65_HS1-834228961_62-HQ-83894_Section_9
Agency: FBI
Page 277
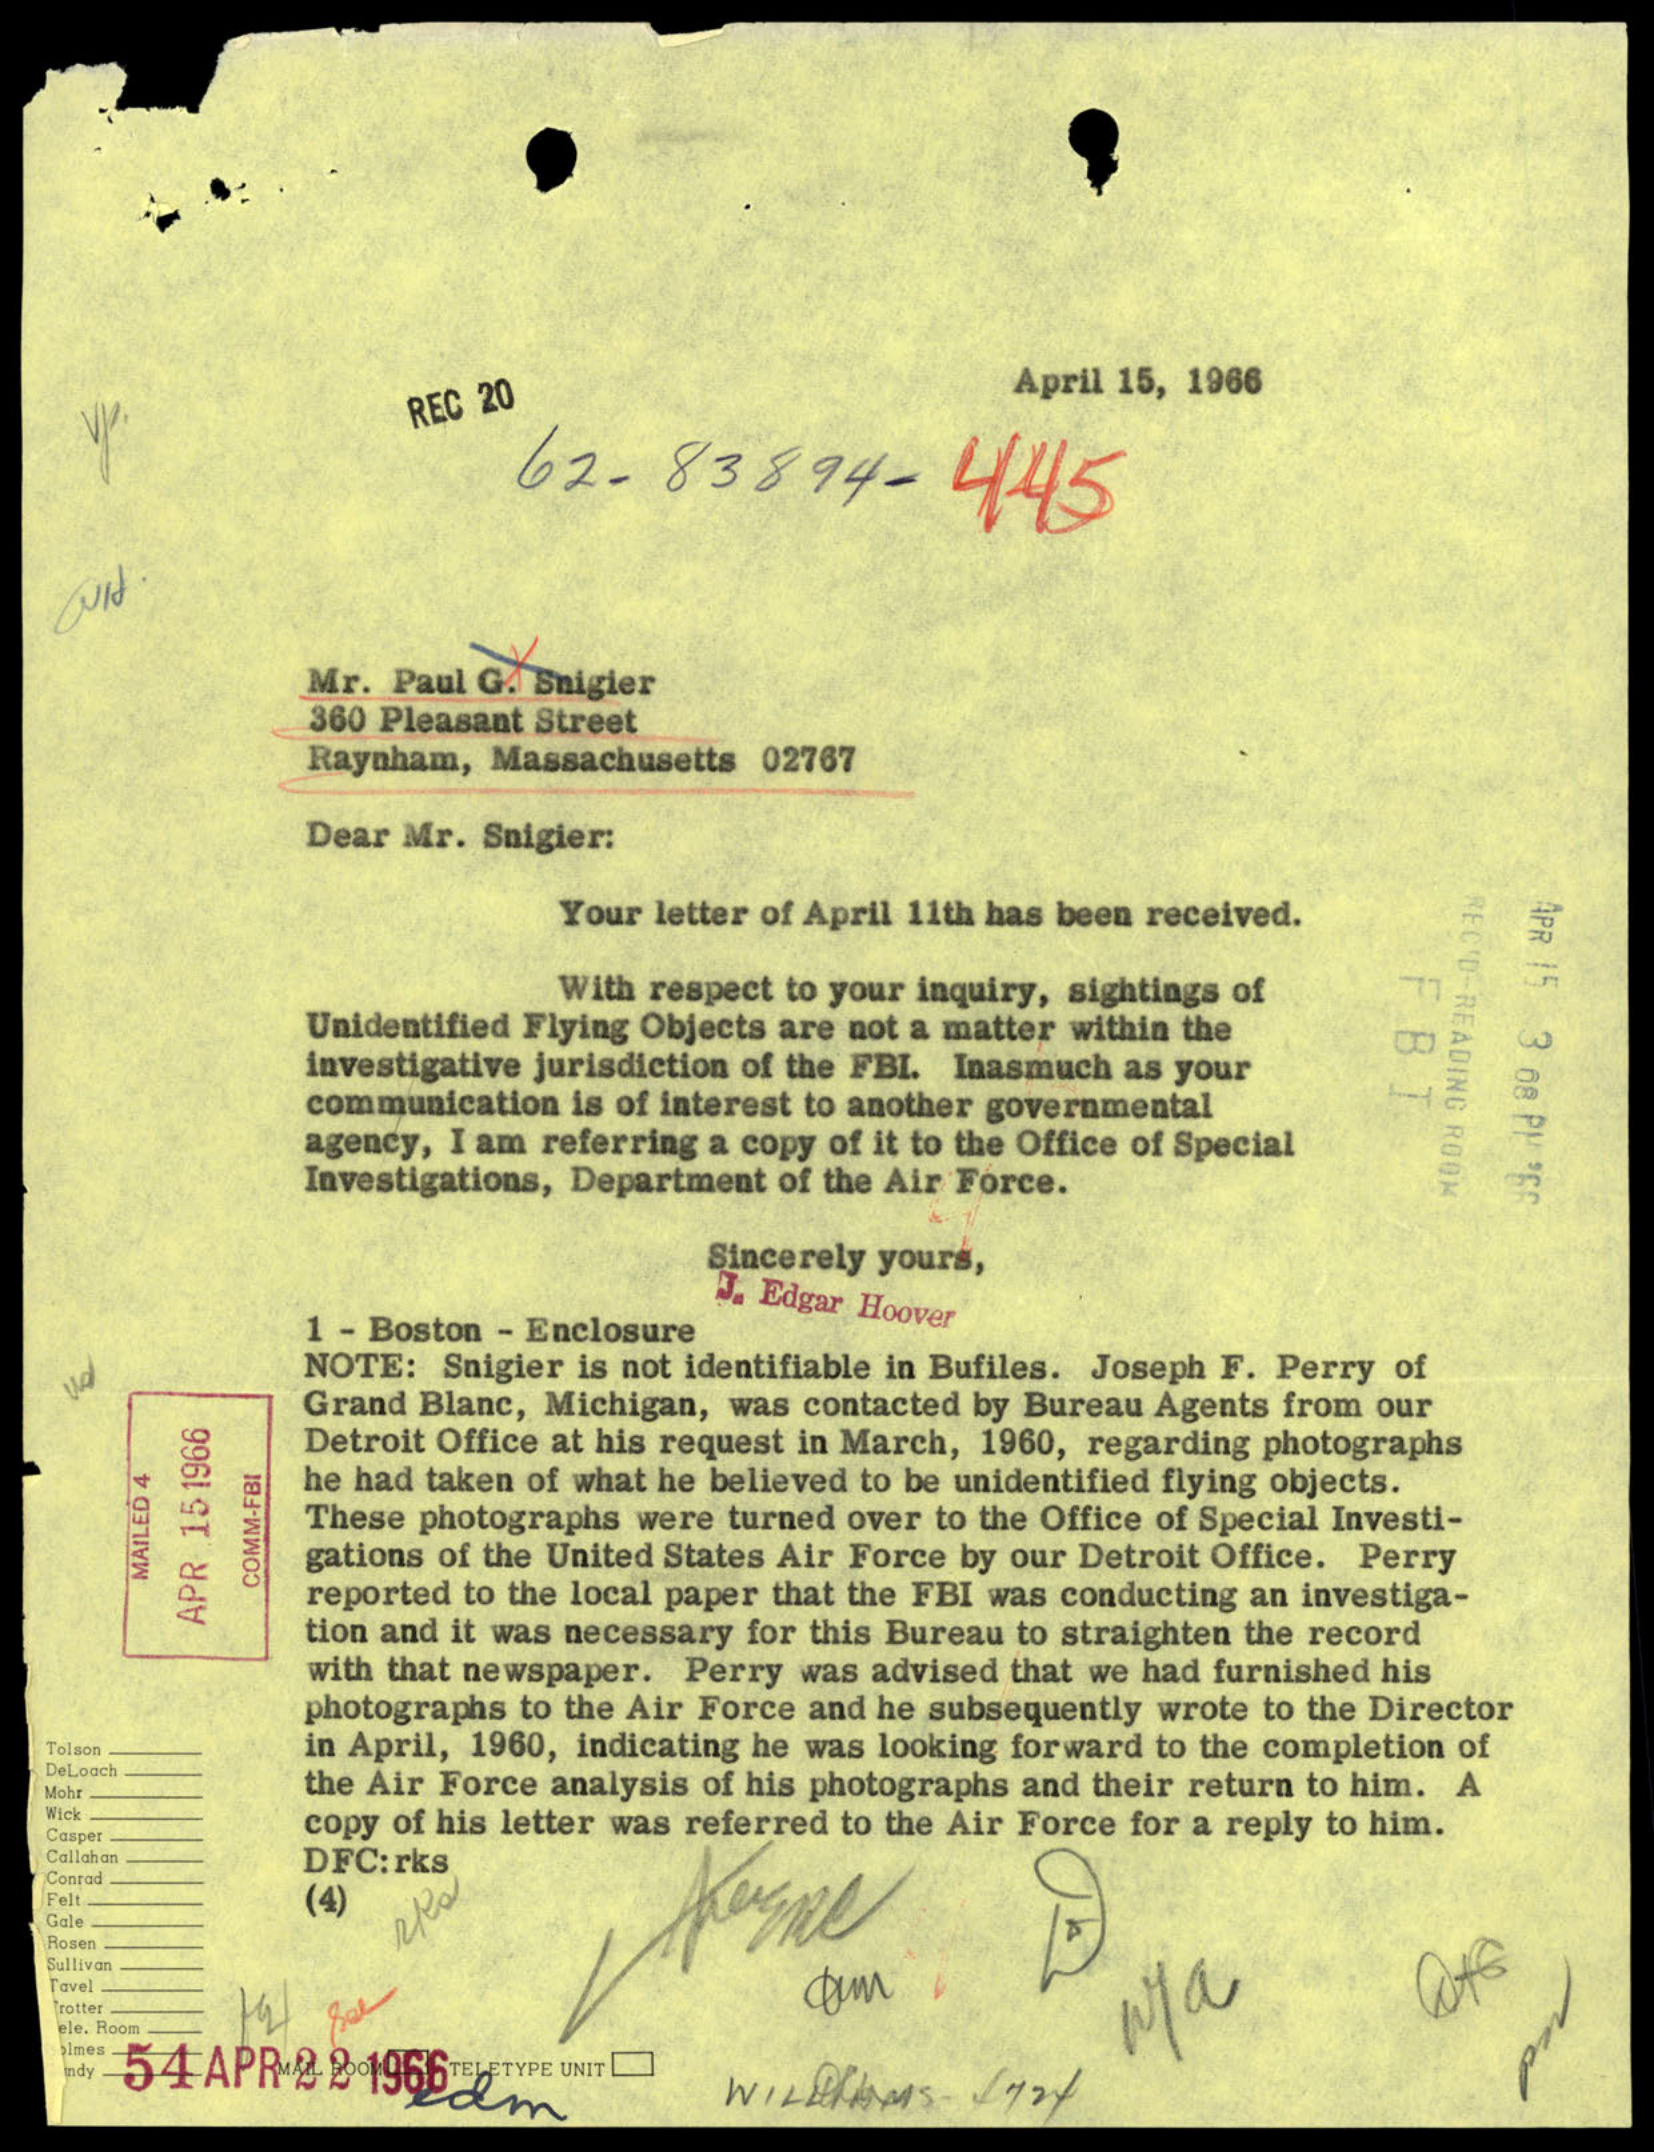